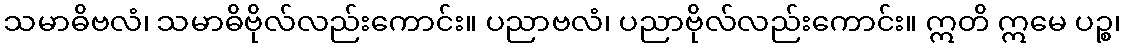
သမာဓိဗလံ၊ သမာဓိဗိုလ်လည်းကောင်း။ ပညာဗလံ၊ ပညာဗိုလ်လည်းကောင်း။ ဣတိ ဣမေ ပဉ္စ၊